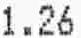
1.26